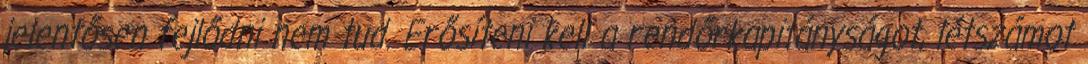
jelentősen fejlődni nem tud. Erősíteni kell a rendőrkapitányságot, létszámot